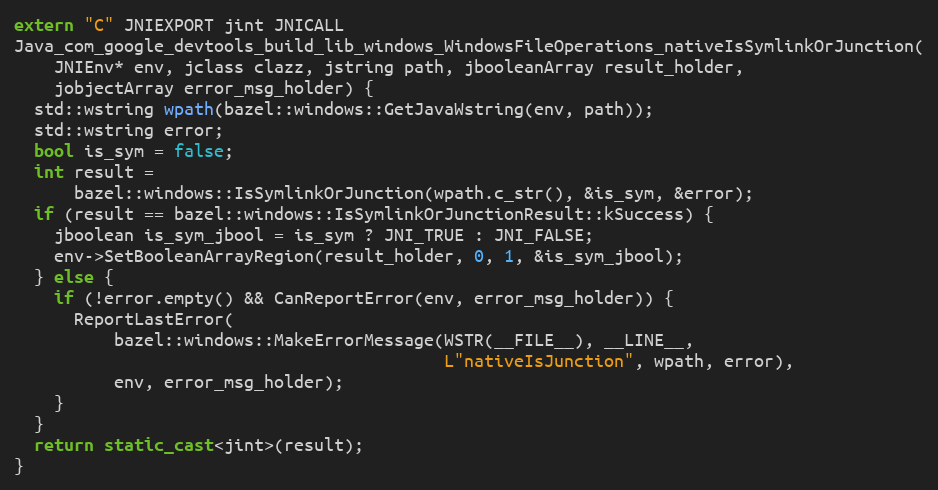
Language: C++
extern "C" JNIEXPORT jint JNICALL
Java_com_google_devtools_build_lib_windows_WindowsFileOperations_nativeIsSymlinkOrJunction(
    JNIEnv* env, jclass clazz, jstring path, jbooleanArray result_holder,
    jobjectArray error_msg_holder) {
  std::wstring wpath(bazel::windows::GetJavaWstring(env, path));
  std::wstring error;
  bool is_sym = false;
  int result =
      bazel::windows::IsSymlinkOrJunction(wpath.c_str(), &is_sym, &error);
  if (result == bazel::windows::IsSymlinkOrJunctionResult::kSuccess) {
    jboolean is_sym_jbool = is_sym ? JNI_TRUE : JNI_FALSE;
    env->SetBooleanArrayRegion(result_holder, 0, 1, &is_sym_jbool);
  } else {
    if (!error.empty() && CanReportError(env, error_msg_holder)) {
      ReportLastError(
          bazel::windows::MakeErrorMessage(WSTR(__FILE__), __LINE__,
                                           L"nativeIsJunction", wpath, error),
          env, error_msg_holder);
    }
  }
  return static_cast<jint>(result);
}